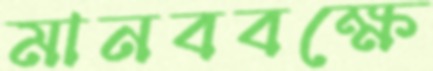
মানববক্ষে